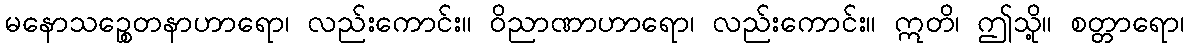
မနောသဉ္စေတနာဟာရော၊ လည်းကောင်း။ ဝိညာဏာဟာရော၊ လည်းကောင်း။ ဣတိ၊ ဤသို့။ စတ္တာရော၊